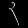
Digit: ၃